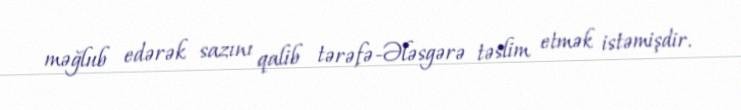
məğlub edərək sazını qalib tərəfə-Ələsgərə təslim etmək istəmişdir.